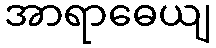
အာရာဓေယျ